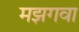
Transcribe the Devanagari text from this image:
मझगवा